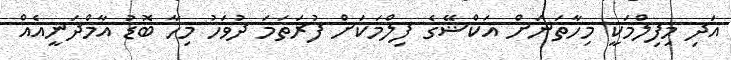
އަދި މިފިލްމަކީ މިހާތަނަށް އަކްޝޭގެ ފިލްމަކަށް ފުރަތަމަ ދުވަހު މިހާ ބޮޑު އާމްދަނީއެއް